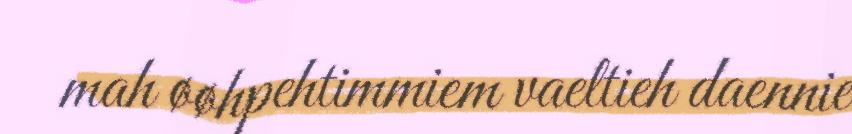
mah øøhpehtimmiem vaeltieh daennie